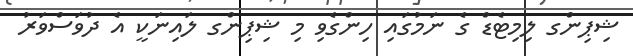
ޝިޕިންގ ލިމިޓެޑް ގެ ނަމުގައި ހިންގެވި މި ޝިޕިންގ ލައިނަކީ އެ ދުވަސްވަރު